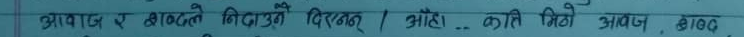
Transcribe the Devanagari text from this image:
आवाज व झकझके मिटाउने दिएछ । ओहो... कति मिठो आवाज आवट